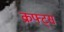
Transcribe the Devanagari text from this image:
क्रफ्ट्स